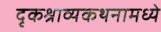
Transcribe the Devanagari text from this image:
दृकश्राव्यकथनामध्ये